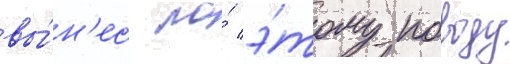
вы́н'ес по́ э́тому поводу